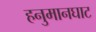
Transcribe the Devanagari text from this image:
हनुमानघाट